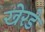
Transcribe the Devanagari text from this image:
खेरडे